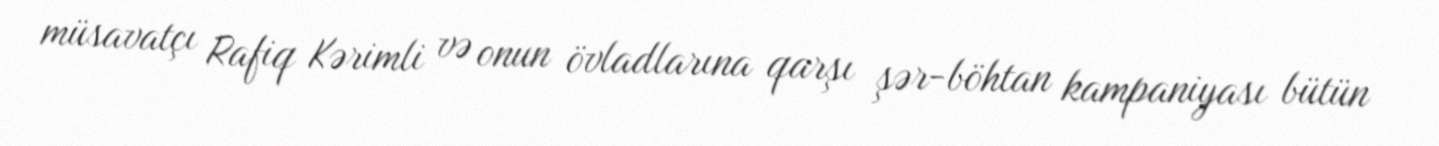
müsavatçı Rafiq Kərimli və onun övladlarına qarşı şər-böhtan kampaniyası bütün